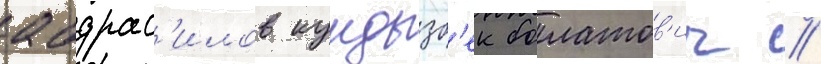
абдрас'илов кундызб'ек болатов'ич //